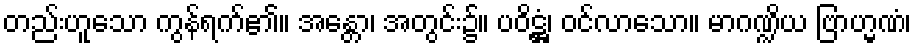
တည်းဟူသော ကွန်ရက်၏။ အန္တော၊ အတွင်း၌။ ပဝိဋ္ဌံ၊ ဝင်လာသော။ မာဂဏ္ဍိယ ဗြာဟ္မဏံ၊